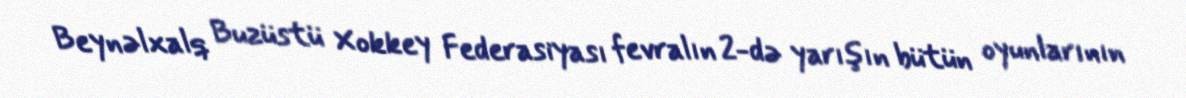
Beynəlxalq Buzüstü Xokkey Federasiyası fevralın 2-də yarışın bütün oyunlarının